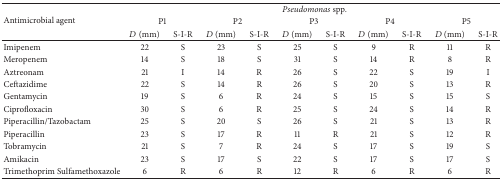
<table><thead><tr><td rowspan="3"><b>Antimicrobial agent</b></td><td colspan="10"><b><i>Pseudomonas </i>spp. </b></td></tr><tr><td colspan="2"><b>P1</b></td><td colspan="2"><b>P2</b></td><td colspan="2"><b>P3</b></td><td colspan="2"><b>P4</b></td><td colspan="2"><b>P5</b></td></tr><tr><td><b><i>D</i> (mm)</b></td><td><b>S-I-R</b></td><td><b><i>D</i> (mm)</b></td><td><b>S-I-R</b></td><td><b><i>D</i> (mm)</b></td><td><b>S-I-R</b></td><td><b><i>D</i> (mm)</b></td><td><b>S-I-R</b></td><td><b><i>D</i> (mm)</b></td><td><b>S-I-R</b></td></tr></thead><tbody><tr><td>Imipenem </td><td>22</td><td>S</td><td>23</td><td>S</td><td>25</td><td>S</td><td>9</td><td>R</td><td>11</td><td>R</td></tr><tr><td>Meropenem </td><td>14</td><td>S</td><td>18</td><td>S</td><td>31</td><td>S</td><td>14</td><td>R</td><td>8</td><td>R</td></tr><tr><td>Aztreonam </td><td>21</td><td>I</td><td>14</td><td>R</td><td>26</td><td>S</td><td>22</td><td>S</td><td>19</td><td>I</td></tr><tr><td>Ceftazidime </td><td>22</td><td>S</td><td>14</td><td>R</td><td>26</td><td>S</td><td>20</td><td>S</td><td>13</td><td>R</td></tr><tr><td>Gentamycin </td><td>19</td><td>S</td><td>6</td><td>R</td><td>24</td><td>S</td><td>15</td><td>S</td><td>15</td><td>S</td></tr><tr><td>Ciprofloxacin </td><td>30</td><td>S</td><td>6</td><td>R</td><td>25</td><td>S</td><td>24</td><td>S</td><td>14</td><td>R</td></tr><tr><td>Piperacillin/Tazobactam </td><td>25</td><td>S</td><td>20</td><td>S</td><td>26</td><td>S</td><td>21</td><td>S</td><td>13</td><td>R</td></tr><tr><td>Piperacillin </td><td>23</td><td>S</td><td>17</td><td>R</td><td>11</td><td>R</td><td>21</td><td>S</td><td>12</td><td>R</td></tr><tr><td>Tobramycin </td><td>21</td><td>S</td><td>7</td><td>R</td><td>24</td><td>S</td><td>17</td><td>S</td><td>19</td><td>S</td></tr><tr><td>Amikacin </td><td>23</td><td>S</td><td>17</td><td>S</td><td>22</td><td>S</td><td>17</td><td>S</td><td>17</td><td>S</td></tr><tr><td>Trimethoprim Sulfamethoxazole </td><td>6</td><td>R</td><td>6</td><td>R</td><td>12</td><td>R</td><td>6</td><td>R</td><td>6</td><td>R</td></tr></tbody></table>